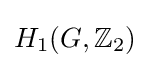
H_{1}(G,\mathbb {Z} _{2})